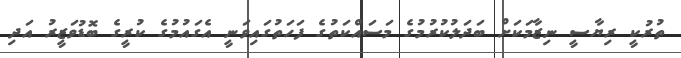
ތުރުކީ ރިޔާސީ ނިޒާމަކަށް ބަދަލުކުރުމުގެ މަސައްކަތުގެ ފަހަތުގައިވަނީ އެގައުމުގެ ކުރީގެ ބޮޑުވަޒީރު އަދި